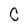
Character: C